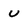
Character: u